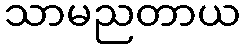
သာမညတာယ